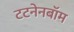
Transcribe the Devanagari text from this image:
टटनेनबॉम